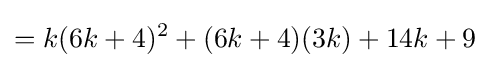
=k(6k+4)^{2}+(6k+4)(3k)+14k+9